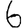
Digit: 6